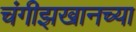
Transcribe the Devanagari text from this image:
चंगीझखानच्या